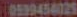
70599454025